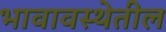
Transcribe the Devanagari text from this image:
भावावस्थेतील